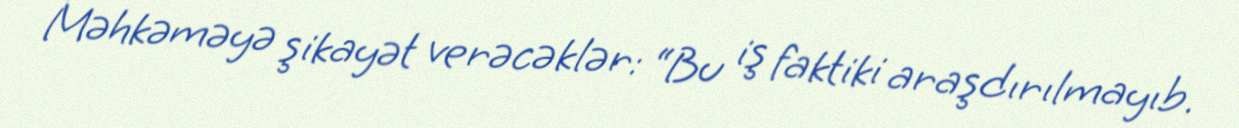
Məhkəməyə şikayət verəcəklər: “Bu iş faktiki araşdırılmayıb.